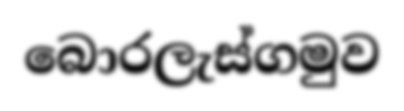
බොරලැස්ගමුව